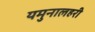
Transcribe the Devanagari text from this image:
यमुनालहरी